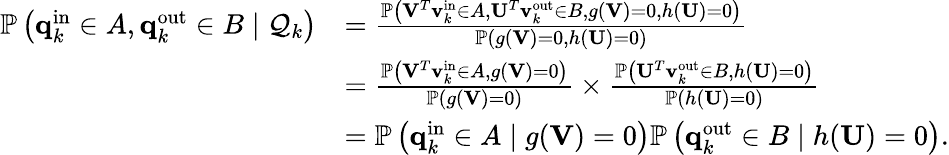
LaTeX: \begin{array}{rl}{\mathbb{P}\left(\mathbf{q}_{k}^{\mathrm{in}}\in A,\mathbf{q}_{k}^{\mathrm{out}}\in B\mid\mathcal{Q}_{k}\right)}&{=\frac{\mathbb{P}\left(\mathbf{V}^{T}\mathbf{v}_{k}^{\mathrm{in}}\in A,\mathbf{U}^{T}\mathbf{v}_{k}^{\mathrm{out}}\in B,g(\mathbf{V})=0,h(\mathbf{U})=0\right)}{\mathbb{P}\left(g(\mathbf{V})=0,h(\mathbf{U})=0\right)}}\\ &{=\frac{\mathbb{P}\left(\mathbf{V}^{T}\mathbf{v}_{k}^{\mathrm{in}}\in A,g(\mathbf{V})=0\right)}{\mathbb{P}\left(g(\mathbf{V})=0\right)}\times\frac{\mathbb{P}\left(\mathbf{U}^{T}\mathbf{v}_{k}^{\mathrm{out}}\in B,h(\mathbf{U})=0\right)}{\mathbb{P}\left(h(\mathbf{U})=0\right)}}\\ &{=\mathbb{P}\left(\mathbf{q}_{k}^{\mathrm{in}}\in A\mid g(\mathbf{V})=0\right)\mathbb{P}\left(\mathbf{q}_{k}^{\mathrm{out}}\in B\mid h(\mathbf{U})=0\right).}\end{array}